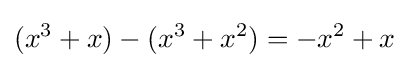
(x^{3}+x)-(x^{3}+x^{2})=-x^{2}+x